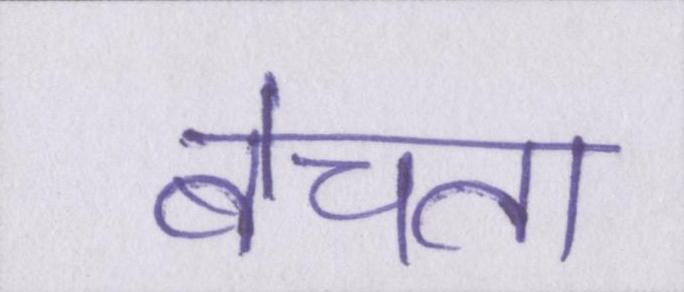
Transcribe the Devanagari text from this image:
बेचता